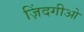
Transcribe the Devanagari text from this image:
ज़िंदगीओ